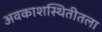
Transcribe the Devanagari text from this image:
अवकाशस्थितीतला